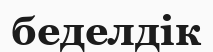
беделдік